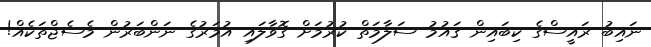
ނައިބު ރައީސްގެ ކިބައިން ޤައުމު ސަލާމަތް ކުރުމަށް ގޮވާލައި އުމަރުގެ ނަންބަރުން މެސެޖްތަކެއް!